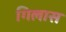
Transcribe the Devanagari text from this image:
गिलास